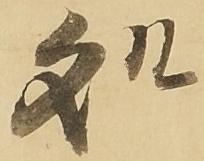
処